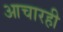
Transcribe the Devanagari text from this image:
आचारही